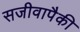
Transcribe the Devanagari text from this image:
सजीवापैकी